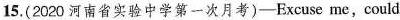
15.(2020 河南省实验中学第一次月考)-Excuse me,could